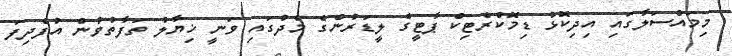
މިމައްސަލާގައި އިދިކޮޅު ޑިމޮކްރެޓިކް ޕާޓީގެ ލީޑަރުންގެ މެދުގައި ވަނީ ޚިޔާލު ތަފާތުވުން އުފެދިފަ